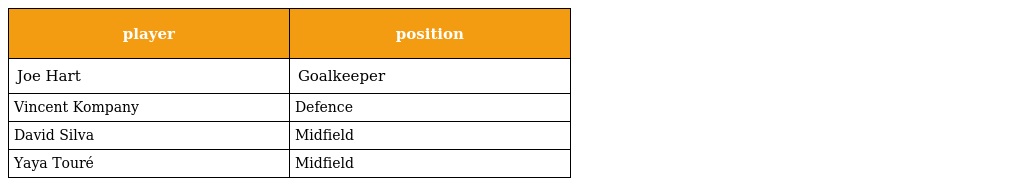
| player | position |
 | --- | --- |
 | Joe Hart | Goalkeeper |
 | Vincent Kompany | Defence |
 | David Silva | Midfield |
 | Yaya Touré | Midfield |